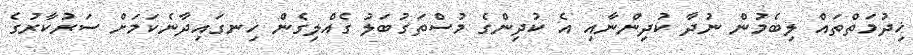
ޚިދުމަތްތައް ލިބެމުން ނުދާ ކުދިންނާއި އެ ކުދިންގެ މުސްތަގުބަލު ގެއްލިގެން ހިނގައިދާނެކަމަށް ސަރުކާރުގެ